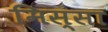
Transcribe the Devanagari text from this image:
मिस्सा